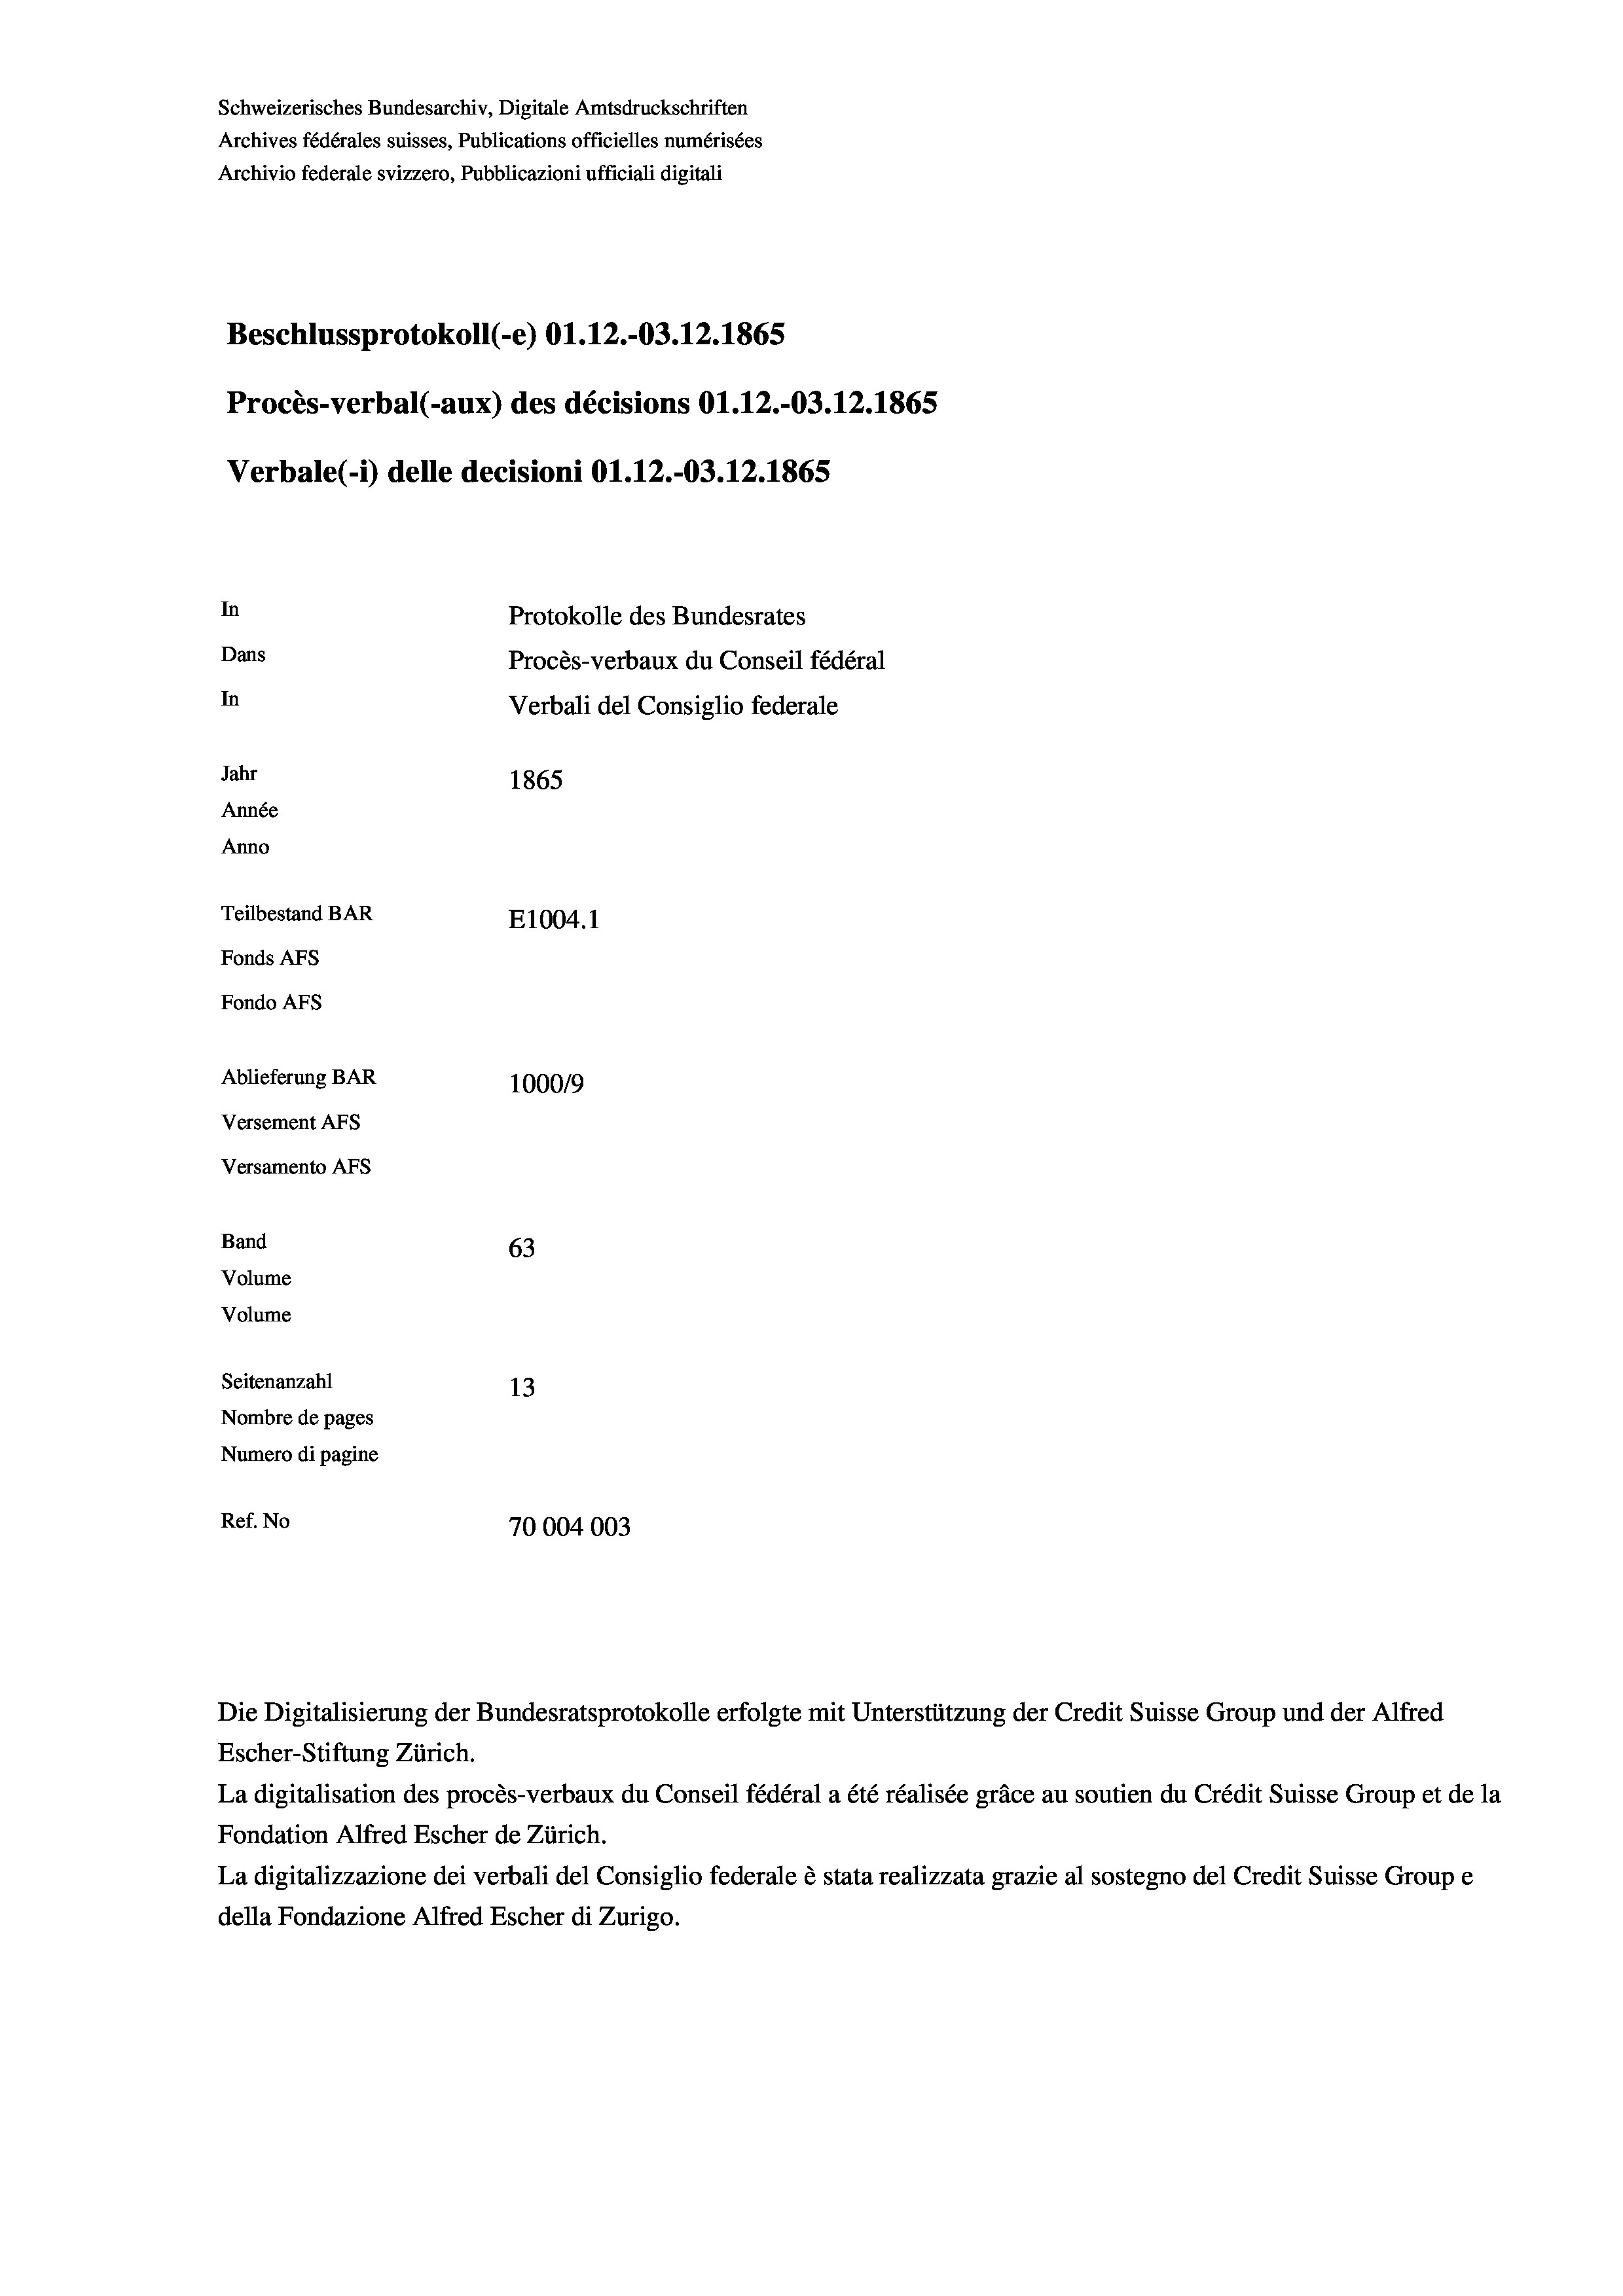
Schweizerisches Bundesarchiv, Digitale Amtsdruckschriften
Archives fédérales suisses, Publications officielles numérisées
Archivio federale svizzero, Pubblicazioni ufficiali digitali
Beschlussprotokoll (-e) O1.12.-03.12.1865
Procès-verbal (-aux) des décisions O1.12.-03.12.1865
Verbale(-*) delle decisioni O1.12.-03.12.1865
In
Protokolle des Bundesrates
Dans
Procès-verbaux du Conseil fédéral
In
Verbali del Consiglio federale
Jahr
1865
Année
Anno
Teilbestand BAR
E1004.1
Fonds AFs
Fondo Afs
Ablieferung BAR
100019
Versement Ans
Versamento Afs
Band
63
Volume
Volume
Seitenanzahl
13
Nombre de pages
Numero di pagine
Ref. No
70004003

La digitalisation des procès-verbaux du Conseil fédéral a été réalisée gräce au soutien du Crédit Suisse Group et de la
Fondation Alfred Escher de Zürich.
La digitalizzazione dei verbali del Consiglio federale è stata realizzata grazie al sostegno del Credit Suisse Groupe
della Fondazione Alfred Escher di Zurigo.

Die Digitalisierung der Bundesratsprotokolle erfolgte mit Unterstützung der Credit Suisse Group und der Alfred
Escher-Stiftung Zürich.